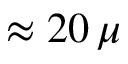
\approx 2 0 \, \mu